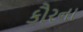
કૌરના